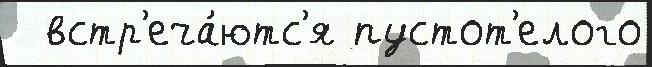
  встр'еча́ютс'я пустот'елого